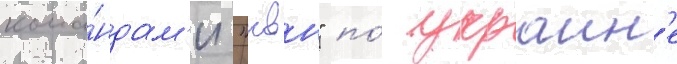
кома́ндам'и "квн" по́ украин'е